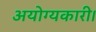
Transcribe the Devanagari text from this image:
अयोग्यकारी।